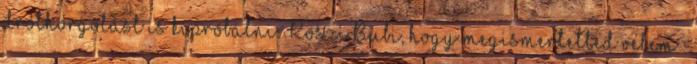
dróthorgolást is kipróbálni. Köszi Bubi, hogy megismertetted velem :